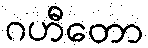
ဂဟီတော